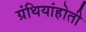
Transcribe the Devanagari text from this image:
ग्रंथियांहोती